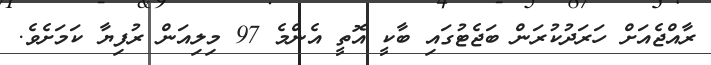
ރާއްޖެއަށް ހަރަދުކުރަން ބަޖެޓުގައި ބާކީ އޮތީ އެންމެ 97 މިލިއަން ރުފިޔާ ކަމަށެވެ.